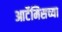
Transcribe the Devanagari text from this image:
आर्टेमिसच्या